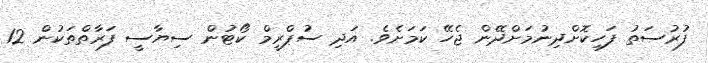
ފުރުސަތު ފަހިކޮށްދިނުމަށްދޭން ޖެހޭ ކަމަށެވެ. އަދި ސުޕްރީމް ކޯޓުން ސިޔާސީ ފަރާތްތަކުން 12